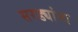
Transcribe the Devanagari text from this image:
सरड्यांना